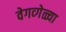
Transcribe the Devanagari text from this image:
वेगव्गेळ्या